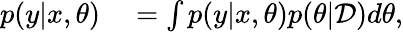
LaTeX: \begin{array}{rl}{p(y|x,\theta)}&{{}=\int p(y|x,\theta)p(\theta|\mathcal{D})d\theta,}\end{array}